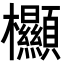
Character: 𣡲